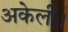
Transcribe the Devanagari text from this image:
अकेली।